Vaccination report Assam 1874-1896 - 1874-1896
Year: 1874
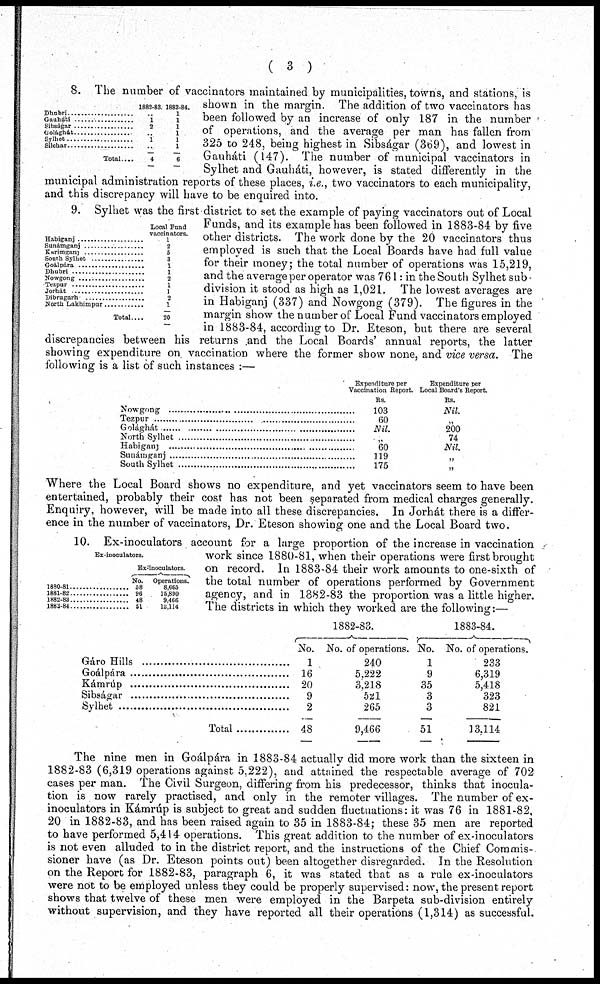
( 3 )
Dhubri ..............................
Gauhati ..............................
Sibságar ..............................
Golághat ...........................
Sylhet ..............................
Sichar .................................
Total ...
1882-83.
.. 1
2
.. 1
...
4
1883-84.
1
1
1
1
1
1
6
8. The number of vaccinators maintained by municipalities, towns, and stations, is
shown in the margin. The addition of two vaccinators has
been followed by an increase of only 187 in the number
of operations, and the average per man has fallen from
325 to 248, being highest in Sibságar (369), and lowest in
Gauháti (147). The number of municipal vaccinators in
Sylhet and Gauháti, however, is stated differently in the
municipal administration reports of these places, i.e., two vaccinators to each municipality,
and this discrepancy will have to be enquired into.
Habiganj .....................
Sunámganj ..................
Karimganj ..................
South Sylhet ...............
Goálpára .....................
Dhubri ........................
Nowgong .....................
Tezpur ........................
Jorhát ...........................
Dibrugarh .....................
North Lakhimpur
Total....
Local Fund
vaccinators.
1
2
5
3
1
1
2
1
1
2 1
20
9. Sylhet was the first district to set the example of paying vaccinators out of Local
Funds, and its example has been followed in 1883-84 by five
other districts. The work done by the 20 vaccinators thus
employed is such that the Local Boards have had full value
for their money; the total number of operations was 15,219,
and the average per operator was 761: in the South Sylhet sub-
division it stood as high as 1,021. The lowest averages are
in Habiganj (337) and Nowgong (379). The figures in the
margin show the number of Local Fund vaccinators employed
in 1883-84, according to Dr. Eteson, but there are several
discrepancies between his returns and the Local Boards' annual reports, the latter
showing expenditure on vaccination where the former show none, and vice versa. The
following is a list of such instances :—
Nowgong .............................................
Tezpur ................................................
Golághát .............................................
North Sylhat .......................................
Habiganj .............................................
Sunámganj ..........................................
South Sylhet .......................................
Expenditure per
Vaccination Report.
Rs.
103
60
Nil.
„
60
119
175
Expenditure per
Local Board's Report.
Rs.
Nil.
„
200
74
Nil.
„
„
Where the Local Board shows no expenditure, and yet vaccinators seem to have been
entertained, probably their cost has not been separated from medical charges generally.
Enquiry, however, will be made into all these discrepancies. In Jorhát there is a differ-
ence in the number of vaccinators, Dr. Eteson showing one and the Local Board two.
Ex-inoculators.
1880-81 ..................
1881-82.....................
1882-83.....................
1883-84..................
Ex-inoculators.
No.
58
96
48
51
Operations.
8,663
15,890
9,466
13,114
10. Ex-inoculators account for a large proportion of the increase in vaccination
work since 1880-81, when their operations were first brought
on record. In 1883-84 their work amounts to one-sixth of
the total number of operations performed by Government
agency, and in 1882-83 the proportion was a little higher.
The districts in which they worked are the following:—
Gáro Hills ..............................
Goálpára .................................
Kámrúp .................................
Sibságar .................................
Sylhet ....................................
Total
1882-83.
No.
1
16
20
9
2
48
No. of operations.
240
5,222
3,218
521
265
9,466
1883-84.
No.
1
9
35
3
3
51
No. of operations.
233
6,319
5,418
323
821
13,114
The nine men in Goálpára in 1883-84 actually did more work than the sixteen in
1882-83 (6,319 operations against 5,222), and attained the respectable average of 702
cases per man. The Civil Surgeon, differing from his predecessor, thinks that inocula-
tion is now rarely practised, and only in the remoter villages. The number of ex-
inoculators in Kámrúp is subject to great and sudden fluctuations: it was 76 in 1881-82,
20 in 1882-83, and has been raised again to 35 in 1883-84; these 35 men are reported
to have performed 5,414 operations. This great addition to the number of ex-inoculators
is not even alluded to in the district report, and the instructions of the Chief Commis-
sioner have (as Dr. Eteson points out) been altogether disregarded. In the Resolution
on the Report for 1882-83, paragraph 6, it was stated that as a rule ex-inoculators
were not to be employed unless they could be properly supervised: now, the present report
shows that twelve of these men were employed in the Barpeta sub-division entirely
without supervision, and they have reported all their operations (1,314) as successful.